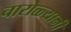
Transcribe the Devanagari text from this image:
चारोळ्यानी